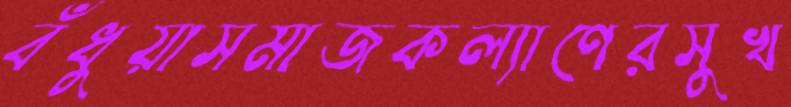
বঁধুয়াসমাজকল্যাণেরসুখ